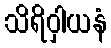
သိရိဝှါယနံ